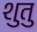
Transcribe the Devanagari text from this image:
शुतु